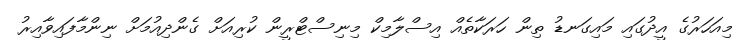
މިއަހަރުގެ އީދުގައި މައިގަނޑު ތިން ހަރަކާތެއް އިސްލާމިކް މިނިސްޓްރީން ކުރިއަށް ގެންދިއުމަށް ނިންމާފައިވާއިރު